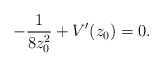
\begin{align*}- \frac{1}{8z^2_0} + V^{\prime}(z_0) = 0.\end{align*}